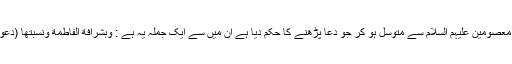
حضرت سید علی ہمدانی (رح)کے مطابق ہر واجب نماز کے بعد تعقیبات میں چہاردہ معصومین علیہم السلام سے متوسل ہو کر جو دعا پڑھنے کا حکم دیا ہے ان میں سے ایک جملہ یہ ہے : وَبِشَرَافَةِ الْفَاطِمَةِ وَنِسْبَتها (دعوات صوفیہ امامیہ ، ص ۱۰۷)حضرت فاطمہ زہرا (س) کی شرافت و نسبت کا واسطہ۔